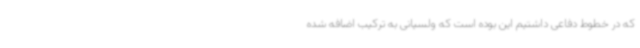
که در خطوط دفاعی داشتیم این بوده است که ولسیانی به ترکیب اضافه شده